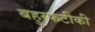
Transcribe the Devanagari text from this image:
बहुस्फटीकी